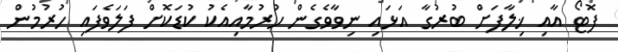
ފޮޓޯ އާއި ޚިލާފަށް ބުރުގާ އަޅައި ނިވާވެގެން ހުރުމާއިއެކު ކުޑަކޮށް ފަލަވެފައި ހުރުމުން